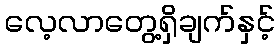
လေ့လာတွေ့ရှိချက်နှင့်